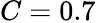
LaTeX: C=0.7